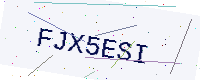
Text: FJX5ESI